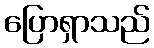
ပြောရှာသည်